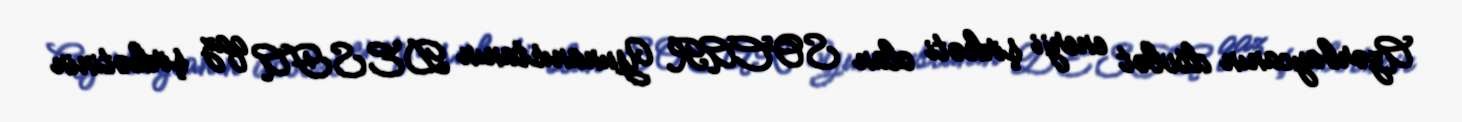
Azərbaycanın dövlət enerji şirkəti olan SOCAR Yunanıstanın DESFA qaz şirkətinin